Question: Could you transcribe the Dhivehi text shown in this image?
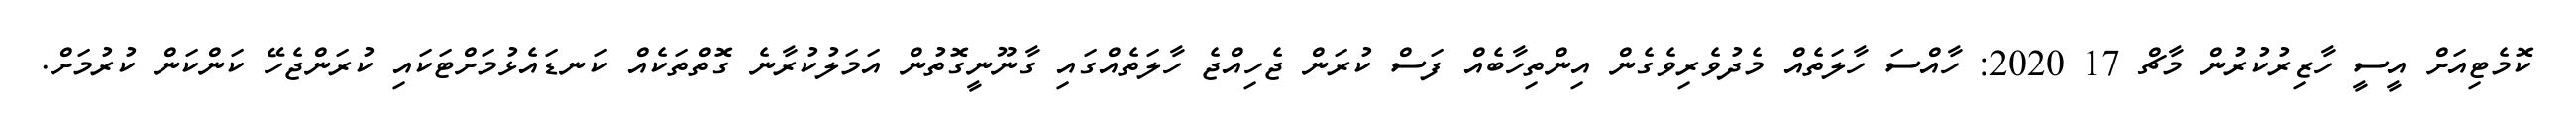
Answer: ކޮމެޓިއަށް އީސީ ހާޒިރުކުރުން މާޗް 17 2020: ހާއްސަ ހާލަތެއް މެދުވެރިވެގެން އިންތިހާބެއް ފަސް ކުރަން ޖެހިއްޖެ ހާލަތެއްގައި ގާނޫނީގޮތުން އަމަލުކުރާނެ ގޮތްތަކެއް ކަނޑައެޅުމަށްޓަކައި ކުރަންޖެހޭ ކަންކަން ކުރުމަށް.